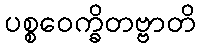
ပစ္စဝေက္ခိတဗ္ဗာတိ